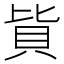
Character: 𰶳